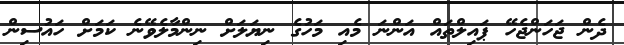
ދެން ޖަހަންޖެހޭ ޕައިލްތައް އަންނަ މެއި މަހުގެ ނިޔަލަށް ނިންމާލެވޭނެ ކަމަށް ހައުސިން